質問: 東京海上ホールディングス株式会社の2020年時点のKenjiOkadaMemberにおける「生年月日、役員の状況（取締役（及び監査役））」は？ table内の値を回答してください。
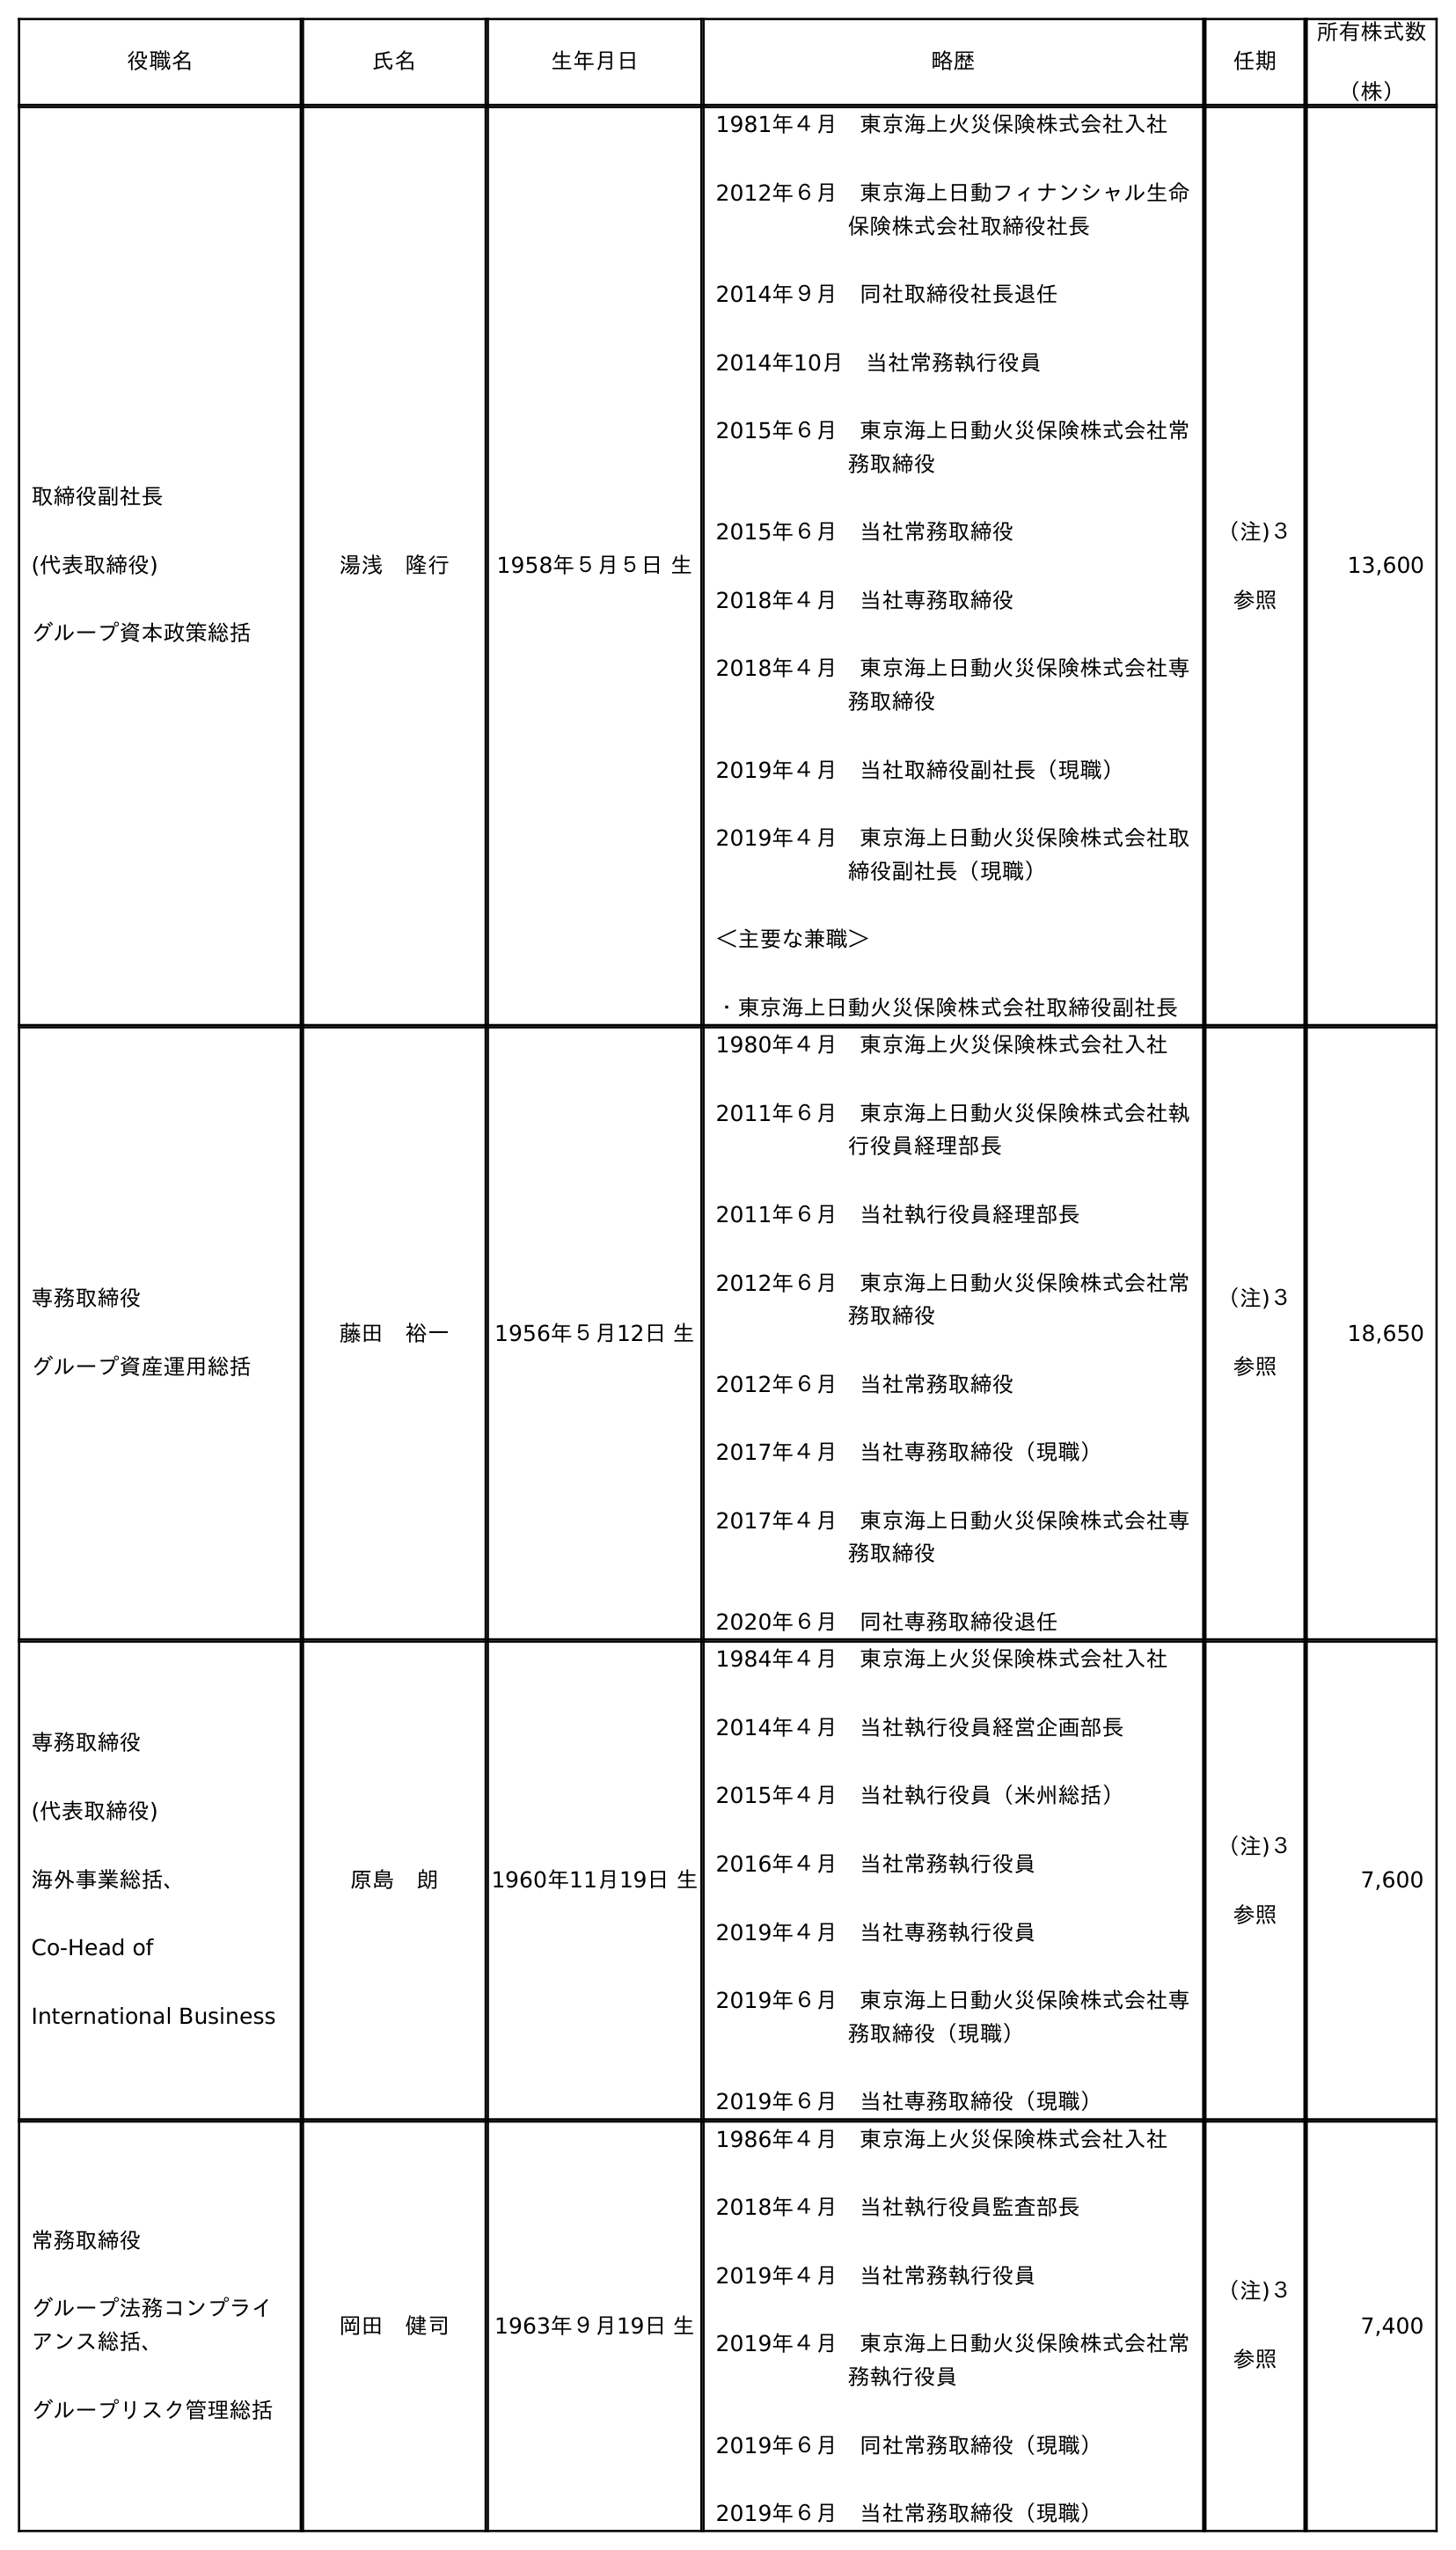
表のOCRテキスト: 役職名 氏名 生年月日 略歴 任期 所有株式数 （株） 取締役副社長 (代表取締役) グループ資本政策総括 湯浅 隆行 1958年５月５日 生 1981年４月 東京海上火災保険株式会社入社 2012年６月 東京海上日動フィナンシャル生命 保険株式会社取締役社長 2014年９月 同社取締役社長退任 2014年10月 当社常務執行役員 2015年６月 東京海上日動火災保険株式会社常 務取締役 2015年６月 当社常務取締役 2018年４月 当社専務取締役 2018年４月 東京海上日動火災保険株式会社専 務取締役 2019年４月 当社取締役副社長（現職） 2019年４月 東京海上日動火災保険株式会社取 締役副社長（現職） ＜主要な兼職＞ ・東京海上日動火災保険株式会社取締役副社長 （注)３ 参照 13,600 専務取締役 グループ資産運用総括 藤田 裕一 1956年５月12日 生 1980年４月 東京海上火災保険株式会社入社 2011年６月 東京海上日動火災保険株式会社執 行役員経理部長 2011年６月 当社執行役員経理部長 2012年６月 東京海上日動火災保険株式会社常 務取締役 2012年６月 当社常務取締役 2017年４月 当社専務取締役（現職） 2017年４月 東京海上日動火災保険株式会社専 務取締役 2020年６月 同社専務取締役退任 （注)３ 参照 18,650 専務取締役 (代表取締役) 海外事業総括、 Co-Head of International Business 原島 朗 1960年11月19日 生 1984年４月 東京海上火災保険株式会社入社 2014年４月 当社執行役員経営企画部長 2015年４月 当社執行役員（米州総括） 2016年４月 当社常務執行役員 2019年４月 当社専務執行役員 2019年６月 東京海上日動火災保険株式会社専 務取締役（現職） 2019年６月 当社専務取締役（現職） （注)３ 参照 7,600 常務取締役 グループ法務コンプライ アンス総括、 グループリスク管理総括 岡田 健司 1963年９月19日 生 1986年４月 東京海上火災保険株式会社入社 2018年４月 当社執行役員監査部長 2019年４月 当社常務執行役員 2019年４月 東京海上日動火災保険株式会社常 務執行役員 2019年６月 同社常務取締役（現職） 2019年６月 当社常務取締役（現職） （注)３ 参照 7,400
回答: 1963年９月19日生